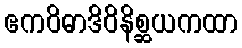
ဧကဝိဓာဒိဝိနိစ္ဆယကထာ